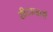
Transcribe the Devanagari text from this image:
शीटाव्हर्ला